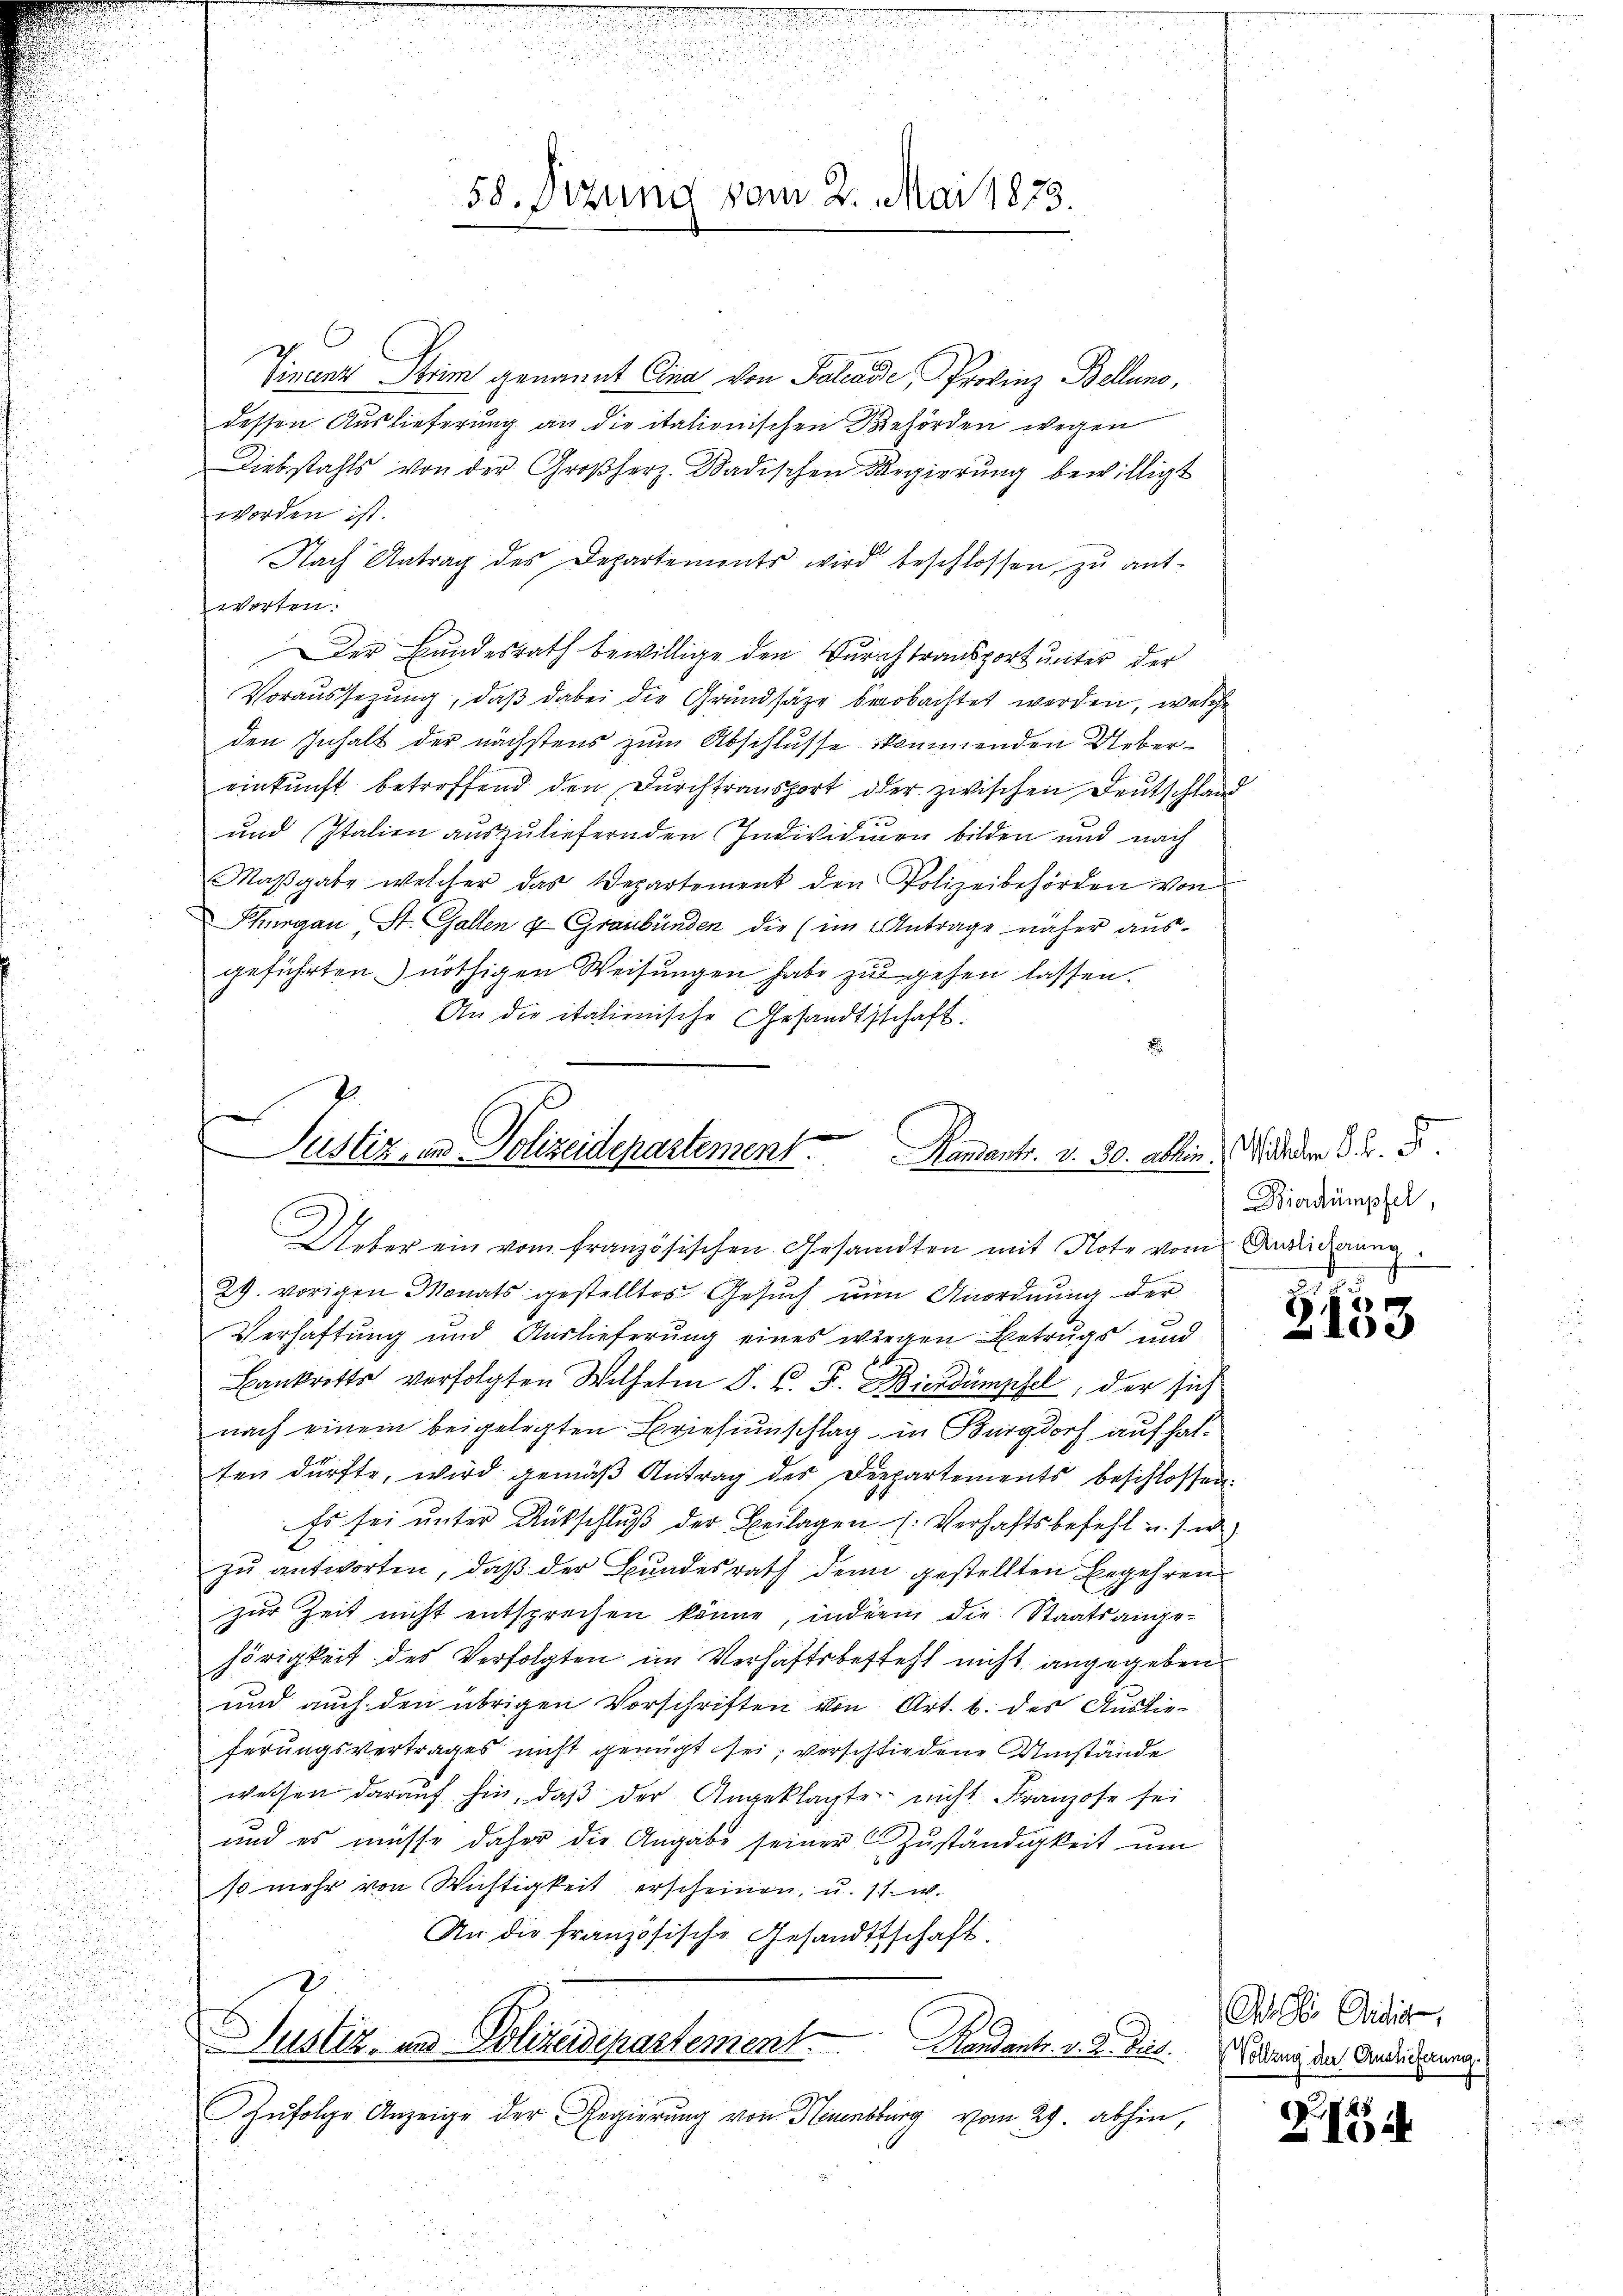
d

Finanz Strim genannt Eina von Pallade, Provinz Bellino,
dessen Auslieferung an die italienischen Behörden wegen
Diebstahls von der Großherz. Badischen Regierŭng bewilligt
worden ist.
Nach Antrag des Departements wird beschlossen, zu antworten.
Der Bundesrath bewillige den Verachtransport unter der
Voraussetzung, daß dabei die Grundsätze beobachtet werden, welche
den Inhalt der nächstens zum Abschlusse kommenden Uebereinkunft betreffend den Durchtransport der zwischen Deutschland
und Italien auszuliefernden Individuen bilden und nach
Maβgabe welcher das Departement den Polizeibehörden von
Thurgau St. Gallen u. Graubünden die (im Antrage näher aus-
geführten nöthigen Weisungen habe zu gehen lassen.
An die italienische Gesandtschaft
2

e
Justiz, in Polizeidepartement. Handants. v. 30. abhin. Wird der 3.
d
Ueber ein vom französischen Gesandten mit Note vom Andriderung

s
29. vorigen Monats gestelltes Gesuch um Anordnung der
Verhaftung und Auslieferung eines wiegen Betrugs und
Bankritts verfolgten Wilhelm J. C. F. Bierdumpfel, der sich
nach einem beigelegten Briefenschlag in Burgdorf aufhalten dürfte, wird gemäβ Antrag des Departements beschlossen,
Es sei unter Rückschluß der Beilagen s. Verhaftsbefehl u. s. w
zu antworten, daß der Bundesrath den gestellten Begehren
zur Zeit nicht entsprechen könne, indem die Staatsange-
hörigkeit des Verfolgten im Verhaftsbesteht nicht angegeben
und auch den übrigen Vorschriften von Art. b. des Auslieferungsvertrages nicht genügt sei, verschliedene Umstände
weisen darauf hin, daβ der Angeklagte nicht Franzose sei
und es müsse daher die Angabe seiner Zŭständigkeit um
so mehr von Wichtigkeit erscheinen, u. s. w.
u
An die französische Gesandtschaft.
Justiz- und Polizeidepartement Handants. v. J. Dieb. Erbung der Andrissenen
Zŭfolge Anzeige der Regierŭng von Neuenburg vom 29. abhin,

58. Dezung vom 2. Mai 1873.

Bierdämpfel,

.
2100

Ah bei Studio,

,885
i